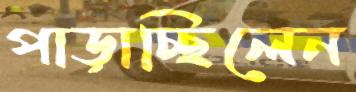
পাড়াচ্ছিলেন